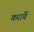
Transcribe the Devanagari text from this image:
करांचें